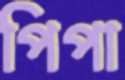
পিপা